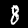
Label: 8